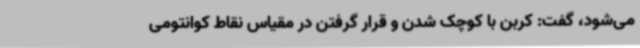
می‌شود، گفت: کربن با کوچک شدن و قرار گرفتن در مقیاس نقاط کوانتومی